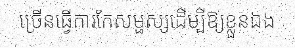
ច្រើនធ្វើការកែសម្ផស្សដើម្បីឱ្យខ្លួនឯង